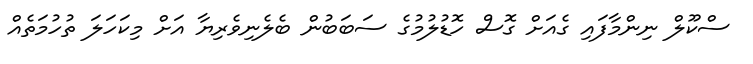
ސްކޫލް ނިންމާފައި ގެއަށް ގޮސް ހޮޑުލުމުގެ ސަބަބުން ބެލެނިވެރިޔާ އަށް މިކަހަލަ ތުހުުމަތެއް